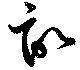
畆